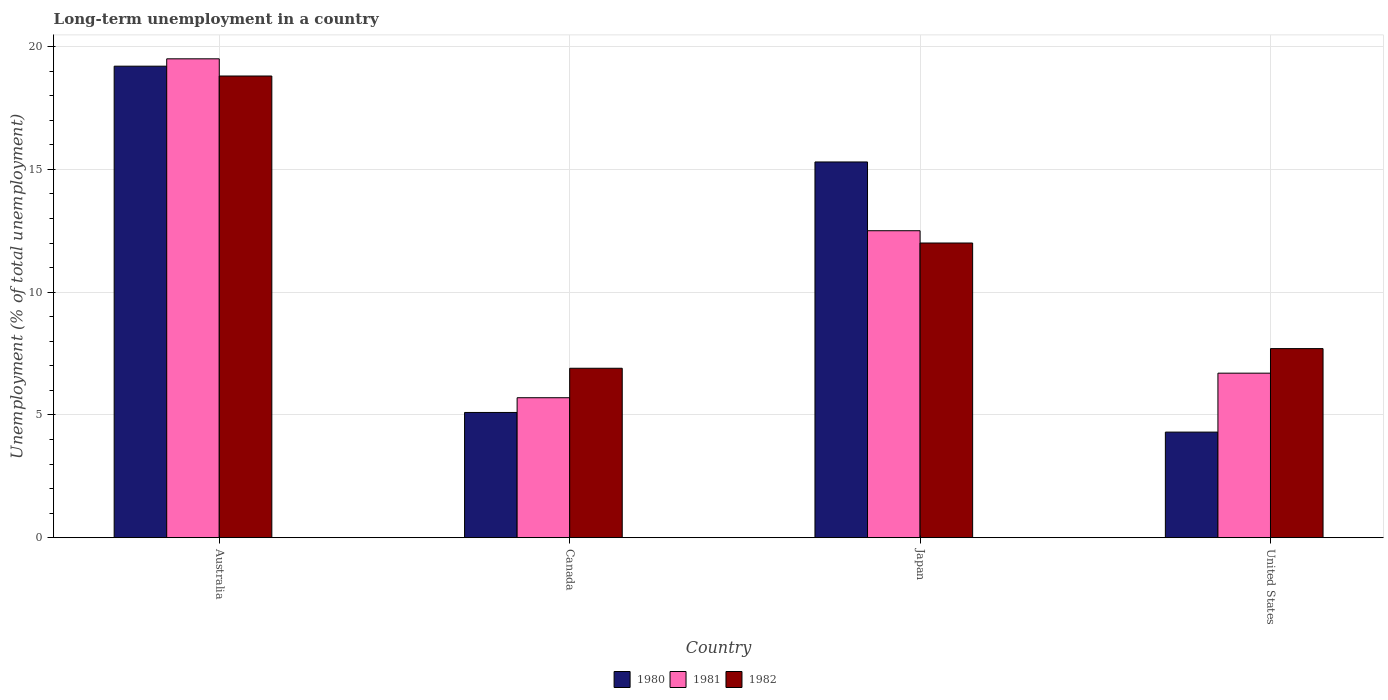
| Country | 1980 | 1981 | 1982 |
 | --- | --- | --- | --- |
 | Australia | 19.2 | 19.5 | 18.8 |
 | Canada | 5.1 | 5.7 | 6.9 |
 | Japan | 15.3 | 12.5 | 12 |
 | United States | 4.3 | 6.7 | 7.7 |